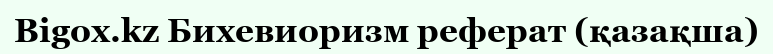
Bigox.kz Бихевиоризм реферат (қазақша)